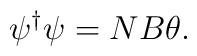
\psi^{\dag} \psi = N B \theta.